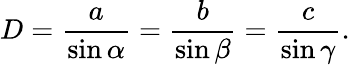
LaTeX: D={\frac{a}{\sin\alpha}}={\frac{b}{\sin\beta}}={\frac{c}{\sin\gamma}}.